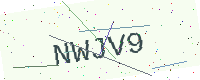
Text: NWJV9